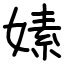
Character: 嫊